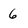
Character: 6